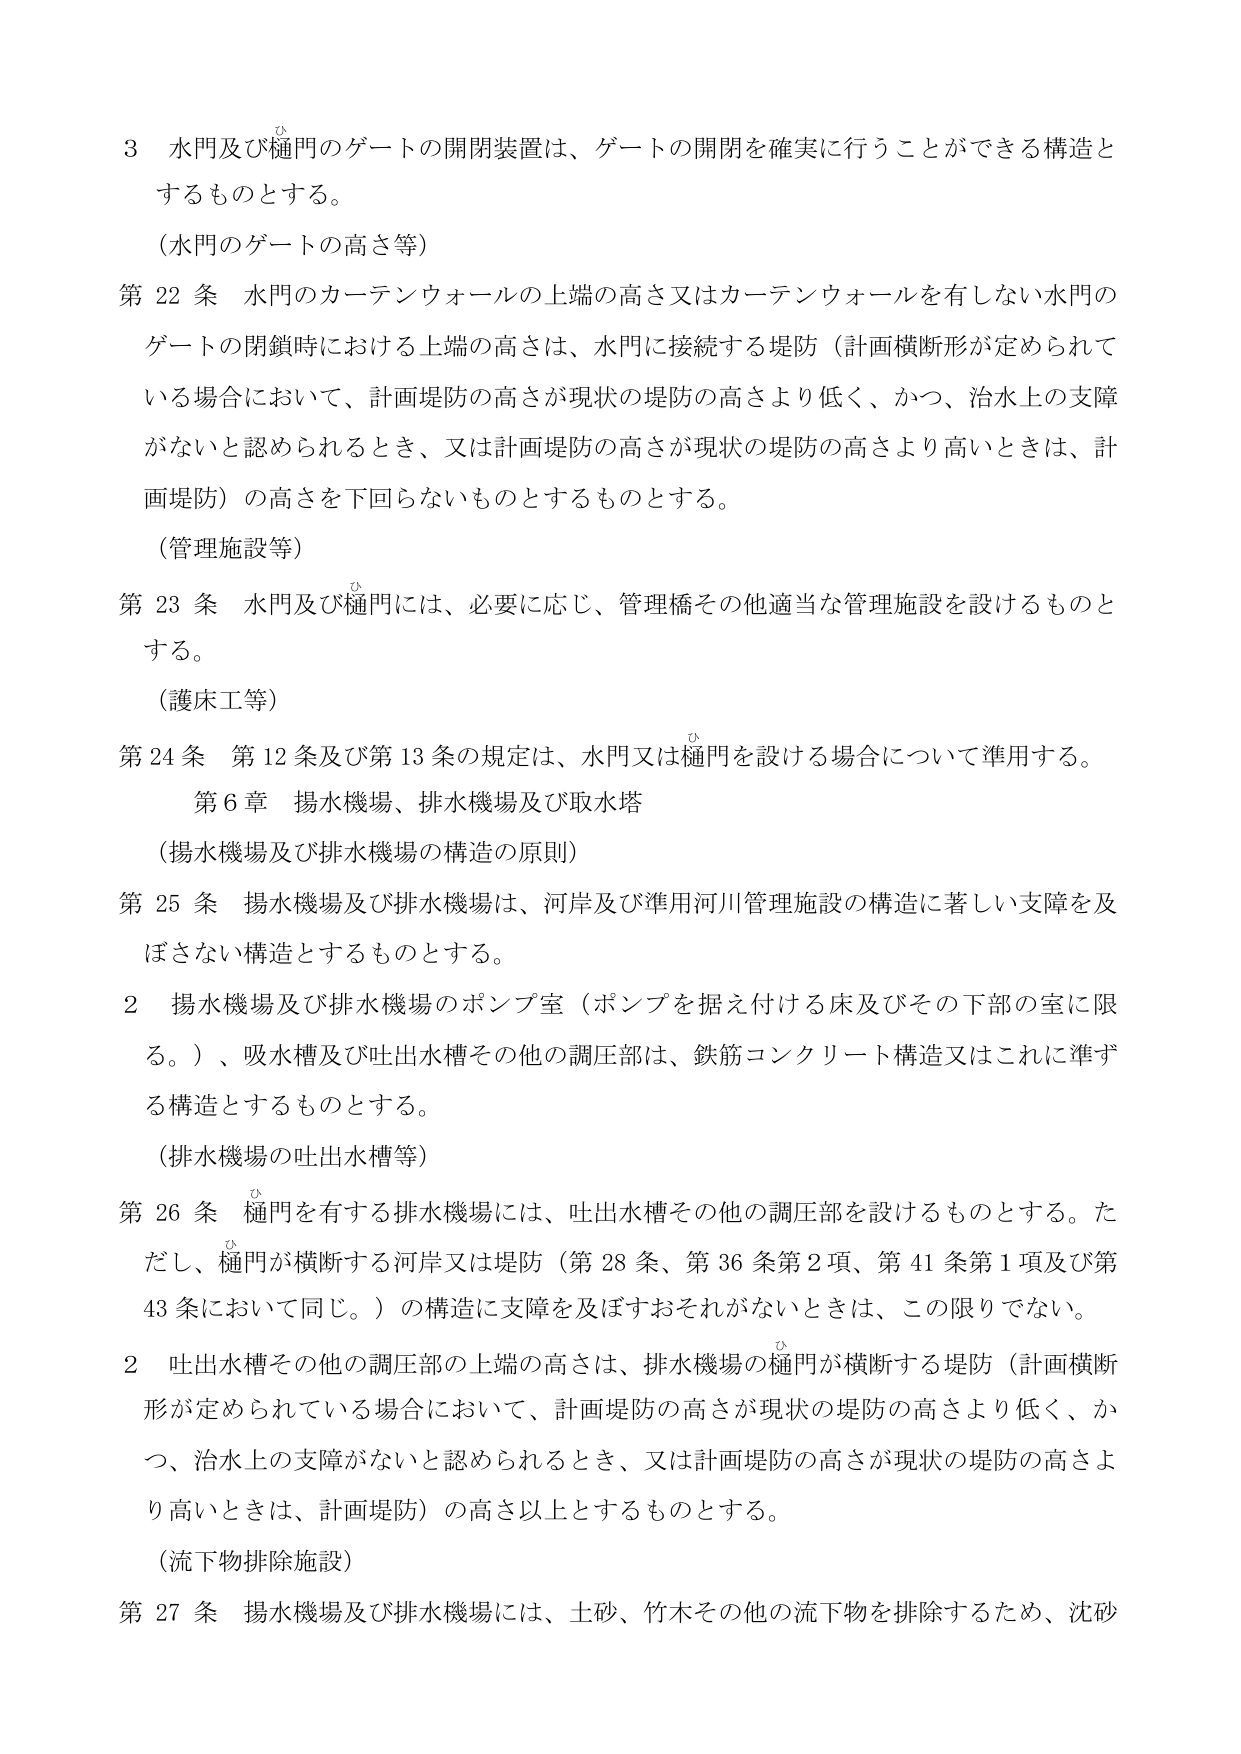
3 水門及び樋門のゲートの開閉装置は、ゲートの開閉を確実に行うことができる構造とするものとする。

（水門のゲートの高さ等）

第22条 水門のカーテンウォールの上端の高さ又はカーテンウォールを有しない水門のゲートの閉鎖時における上端の高さは、水門に接続する堤防（計画横断形が定められている場合において、計画堤防の高さが現状の堤防の高さより低く、かつ、治水上の支障がないと認められるとき、又は計画堤防の高さが現状の堤防の高さより高いときは、計画堤防）の高さを下回らないものとするものとする。

（管理施設等）

第23条 水門及び樋門には、必要に応じ、管理橋その他適当な管理施設を設けるものとする。

（護床工等）

第24条 第12条及び第13条の規定は、水門又は樋門を設ける場合について準用する。

第6章 揚水機場、排水機場及び取水塔

（揚水機場及び排水機場の構造の原則）

第25条 揚水機場及び排水機場は、河岸及び準用河川管理施設の構造に著しい支障を及ぼさない構造とするものとする。

2 揚水機場及び排水機場のポンプ室（ポンプを据え付ける床及びその下部の室に限る。）、吸水槽及び吐出水槽その他の調圧部は、鉄筋コンクリート構造又はこれに準ずる構造とするものとする。

（排水機場の吐出水槽等）

第26条 樋門を有する排水機場には、吐出水槽その他の調圧部を設けるものとする。ただし、樋門が横断する河岸又は堤防（第28条、第36条第2項、第41条第1項及び第43条において同じ。）の構造に支障を及ぼすおそれがないときは、この限りでない。

2 吐出水槽その他の調圧部の上端の高さは、排水機場の樋門が横断する堤防（計画横断形が定められている場合において、計画堤防の高さが現状の堤防の高さより低く、かつ、治水上の支障がないと認められるとき、又は計画堤防の高さが現状の堤防の高さより高いときは、計画堤防）の高さ以上とするものとする。

（流下物排除施設）

第27条 揚水機場及び排水機場には、土砂、竹木その他の流下物を排除するため、沈砂